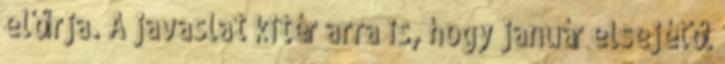
előírja. A javaslat kitér arra is, hogy január elsejétől